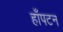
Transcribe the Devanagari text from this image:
हाँपटन